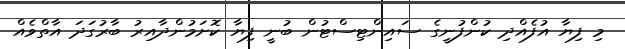
މި ފިޔާ އުފެއްދި ކުންފުނީގެ ސައިންޓިސްޓުން ބުނީ ފިޔާ ކޮށަމުންދާއިރު ބާރުގަދަ އާތްވެއް